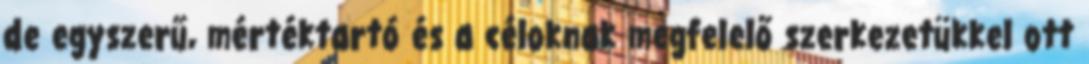
de egyszerű, mértéktartó és a céloknak megfelelő szerkezetükkel ott